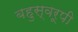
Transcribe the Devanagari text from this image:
बहुस्वरूपी